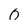
Character: 0